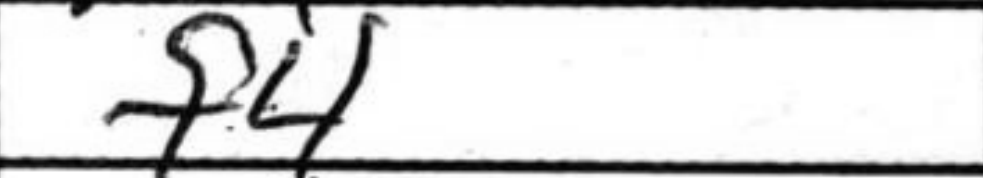
Transcription: f4